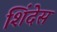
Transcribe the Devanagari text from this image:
शिंदेस